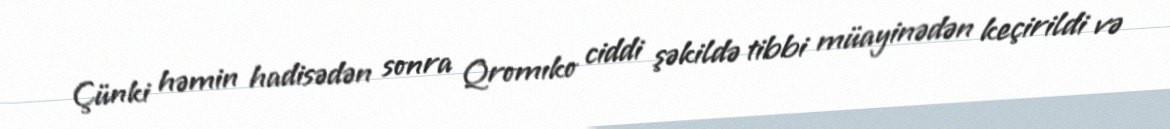
Çünki həmin hadisədən sonra Qromıko ciddi şəkildə tibbi müayinədən keçirildi və